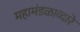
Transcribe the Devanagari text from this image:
महामंडळाव्दारे